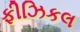
ફીઝિકલ